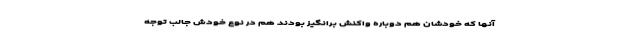
آنها که خودشان هم دوباره واکنش برانگیز بودند هم در نوع خودش جالب توجه